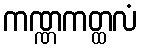
ကဏ္ဏကတ္ထလံ